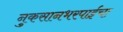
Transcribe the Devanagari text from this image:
नुकसानभरपाईचा